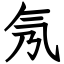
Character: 氖